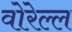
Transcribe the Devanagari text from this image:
वोरेल्ल